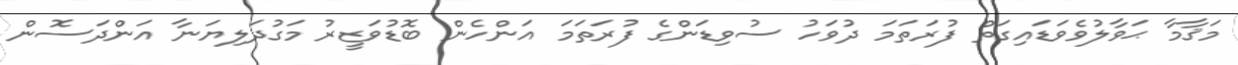
މަޤާމާ ޙަވާލުވެވަޑައިގަތް ފުރަތަމަ ދުވަހު ސުވިޑަންގެ ފުރަތަމަ އަންހެން ބޮޑުވަޒީރު މަގުދަލިޔަނާ އަންދަސޮން